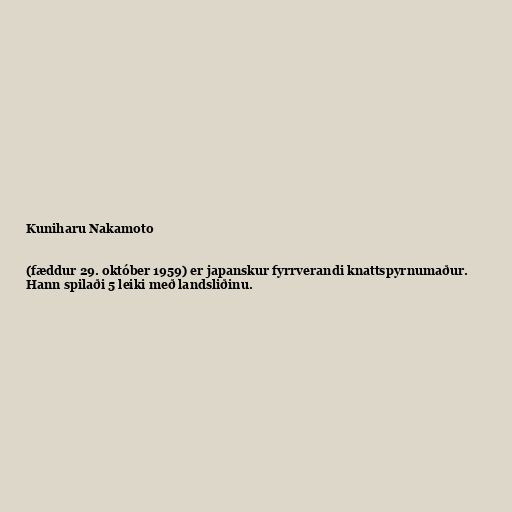
Kuniharu Nakamoto

(fæddur 29. október 1959) er japanskur fyrrverandi knattspyrnumaður.
Hann spilaði 5 leiki með landsliðinu.